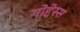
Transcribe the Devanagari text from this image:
गोद्देस्स